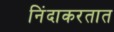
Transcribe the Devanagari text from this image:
निंदाकरतात